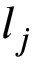
l _ { j }